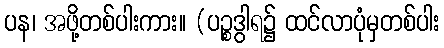
ပန၊ အဖို့တစ်ပါးကား။ (ပဉ္စဒွါရ၌ ထင်လာပုံမှတစ်ပါး